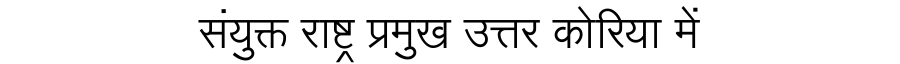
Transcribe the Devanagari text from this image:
संयुक्त राष्ट्र प्रमुख उत्तर कोरिया में